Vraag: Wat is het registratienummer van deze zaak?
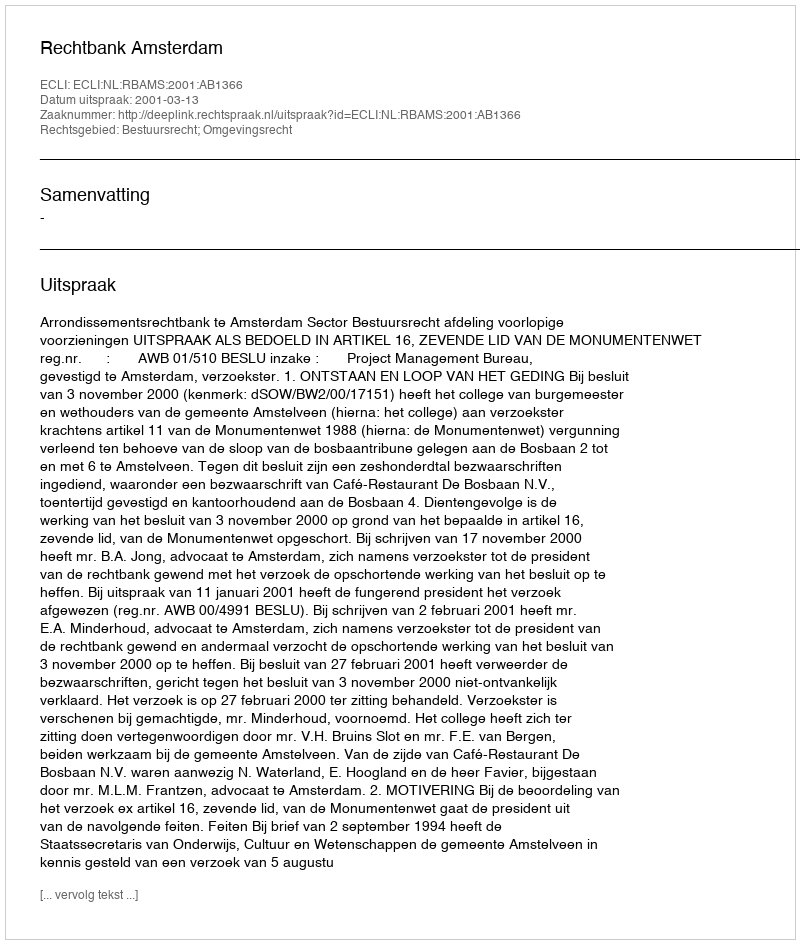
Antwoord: http://deeplink.rechtspraak.nl/uitspraak?id=ECLI:NL:RBAMS:2001:AB1366